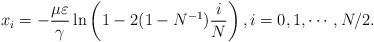
LaTeX: \begin{align*} x_i= -\frac{\mu\varepsilon}{\gamma}\ln\left(1-2(1-N^{-1})\frac{i}{N}\right),i=0,1,\cdots, N/2.\end{align*}